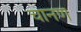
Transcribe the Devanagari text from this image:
चानण